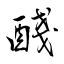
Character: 醆